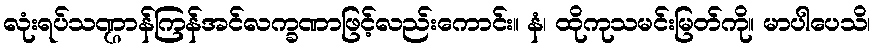
လုံးရပ်သဏ္ဌာန်ကြန်အင်လက္ခဏာဖြင့်လည်းကောင်း။ နံ၊ ထိုကုသမင်းမြတ်ကို။ မာပါပေသိ၊